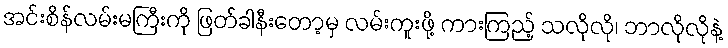
အင်းစိန်လမ်းမကြီးကို ဖြတ်ခါနီးတော့မှ လမ်းကူးဖို့ ကားကြည့် သလိုလို၊ ဘာလိုလိုနဲ့